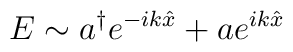
E\sim a^{\dagger} e^{-ik\hat{x}} + a e^{ik\hat{x}}